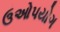
ઉઓપયોગ